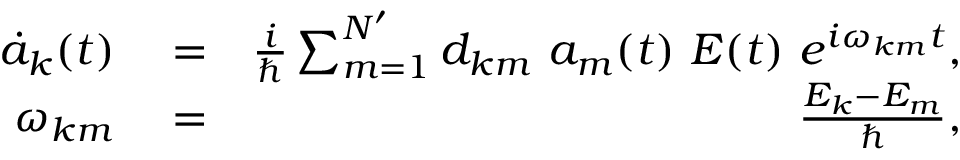
\begin{array} { r l r } { \dot { a } _ { k } ( t ) } & { { } = } & { \frac { i } { \hbar } \sum _ { m = 1 } ^ { N ^ { \prime } } d _ { k m } \ a _ { m } ( t ) \ E ( t ) \ e ^ { i \omega _ { k m } t } , } \\ { \omega _ { k m } } & { { } = } & { \frac { E _ { k } - E _ { m } } { \hbar } , } \end{array}